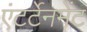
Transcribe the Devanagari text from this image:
एंटर्टेनमेंट